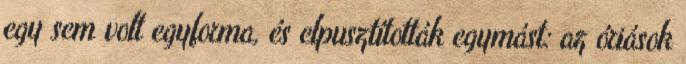
egy sem volt egyforma, és elpusztították egymást: az óriások